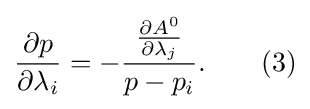
{\frac {\partial p}{\partial \lambda _{i}}}=-{\frac {\frac {\partial A^{0}}{\partial \lambda _{j}}}{p-p_{i}}}.\qquad (3)